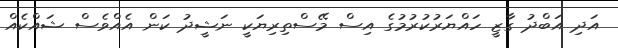
އަދި އަބްދު ގާޒީ ހައްޔަރުކުރުމުގެ އިސް މޭސްތިރިޔަކީ ނަޝީދު ކަން އެއްވެސް ޝައްކެއް